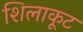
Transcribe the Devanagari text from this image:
शिलाकूट